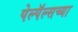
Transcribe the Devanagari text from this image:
पेल्पॅल्सच्या